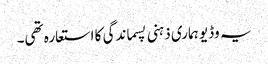
یہ وڈیو ہماری ذہنی پسماندگی کا استعارہ تھی۔